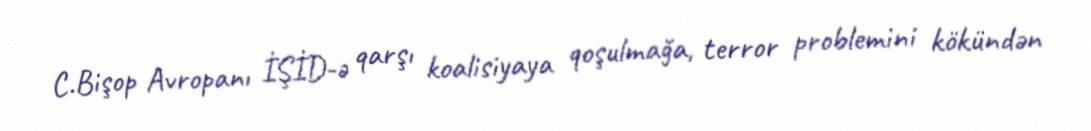
C.Bişop Avropanı İŞİD-ə qarşı koalisiyaya qoşulmağa, terror problemini kökündən